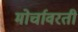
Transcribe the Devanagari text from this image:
मोर्चावरती